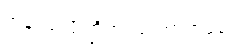
အနာထ ပိဏ္ဍိကဿ အာရာမေ။